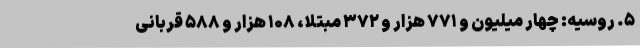
۵. روسیه: چهار میلیون و ۷۷۱ هزار و ۳۷۲ مبتلا، ۱۰۸ هزار و ۵۸۸ قربانی